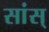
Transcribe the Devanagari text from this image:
सांस्